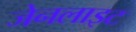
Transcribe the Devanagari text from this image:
जेनलाइट